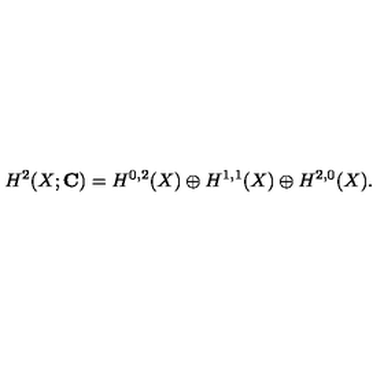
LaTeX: H ^ { 2 } ( X ; { \bf C } ) = H ^ { 0 , 2 } ( X ) \oplus H ^ { 1 , 1 } ( X ) \oplus H ^ { 2 , 0 } ( X ) .